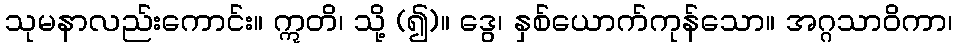
သုမနာလည်းကောင်း။ ဣတိ၊ သို့ (၍)။ ဒွေ၊ နှစ်ယောက်ကုန်သော။ အဂ္ဂသာဝိကာ၊